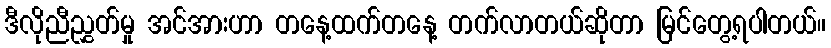
ဒီလိုညီညွှတ်မှု အင်အားဟာ တနေ့ထက်တနေ့ တက်လာတယ်ဆိုတာ မြင်တွေ့ရပါတယ်။